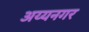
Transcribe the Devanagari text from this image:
अय्यनगर